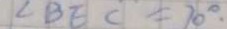
\angle B E C = 7 0 ^ { \circ } .